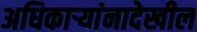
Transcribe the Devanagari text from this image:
अधिकाऱ्यांनादेखील